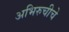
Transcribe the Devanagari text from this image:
अभिरुचीचे